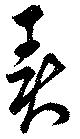
異